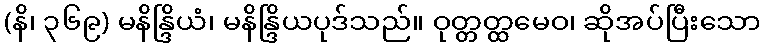
(နိ၊ ၃၆၉) မနိန္ဒြိယံ၊ မနိန္ဒြိယပုဒ်သည်။ ဝုတ္တတ္ထမေဝ၊ ဆိုအပ်ပြီးသော